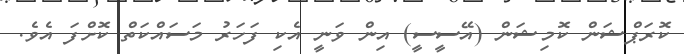
ކޮރަޕްޝަން ކޮމިޝަން (އޭސީސީ) އިން ވަނީ އެކި ފަހަރު މަސައްކަތް ކޮށްފަ އެވެ.